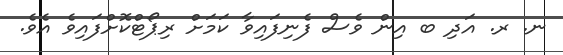
ނ. ރ. އަދި ބ އިން ވެސް ފެނިފައިވާ ކަމަށް ރިޕޯޓްކޮށްފައިވެ އެވެ.